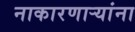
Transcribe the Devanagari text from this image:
नाकारणार्‍यांना